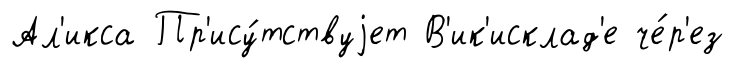
Ал'икса Пр'ису́тствуjет В'ик'исклад'е че́р'ез